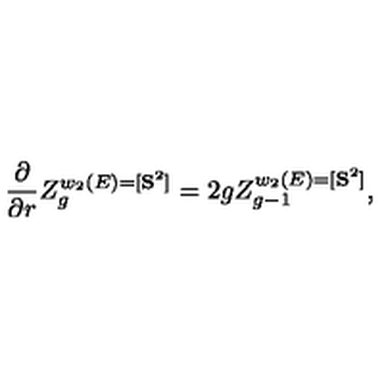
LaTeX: { \frac { \partial } { \partial r } } Z _ { g } ^ { w _ { 2 } ( E ) = [ { \bf S } ^ { 2 } ] } = 2 g Z _ { g - 1 } ^ { w _ { 2 } ( E ) = [ { \bf S } ^ { 2 } ] } ,